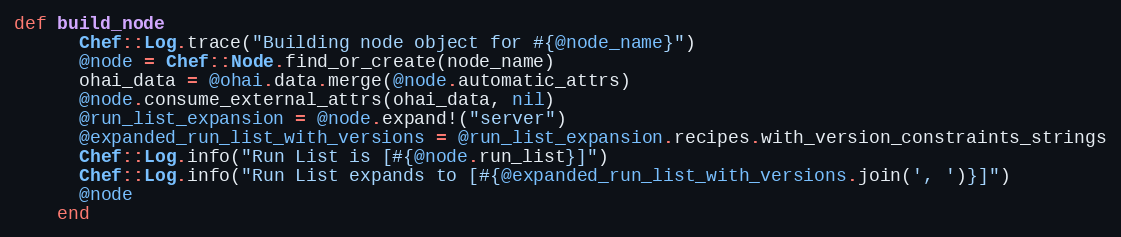
Language: Ruby
def build_node
      Chef::Log.trace("Building node object for #{@node_name}")
      @node = Chef::Node.find_or_create(node_name)
      ohai_data = @ohai.data.merge(@node.automatic_attrs)
      @node.consume_external_attrs(ohai_data, nil)
      @run_list_expansion = @node.expand!("server")
      @expanded_run_list_with_versions = @run_list_expansion.recipes.with_version_constraints_strings
      Chef::Log.info("Run List is [#{@node.run_list}]")
      Chef::Log.info("Run List expands to [#{@expanded_run_list_with_versions.join(', ')}]")
      @node
    end